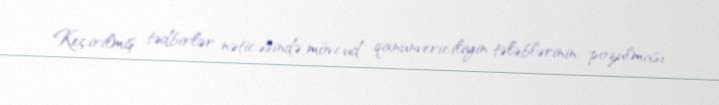
Keçirilmiş tədbirlər nəticəsində mövcud qanunvericiliyin tələblərinin pozulması